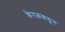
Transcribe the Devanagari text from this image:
केरळकडून